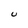
Character: U